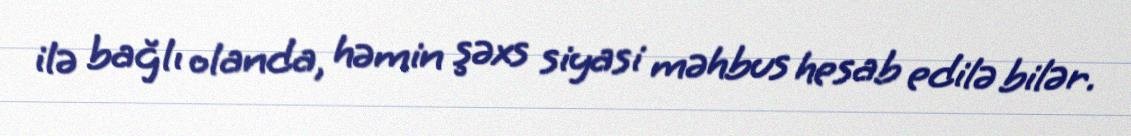
ilə bağlı olanda, həmin şəxs siyasi məhbus hesab edilə bilər.